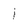
Character: 1